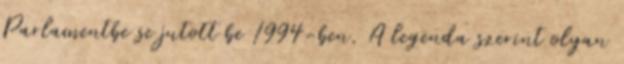
Parlamentbe se jutott be 1994-ben. A legenda szerint olyan